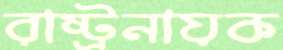
রাষ্ট্রনায়ক